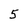
Character: 5